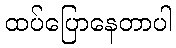
ထပ်ပြောနေတာပါ